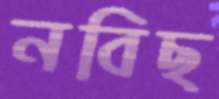
নবিছ